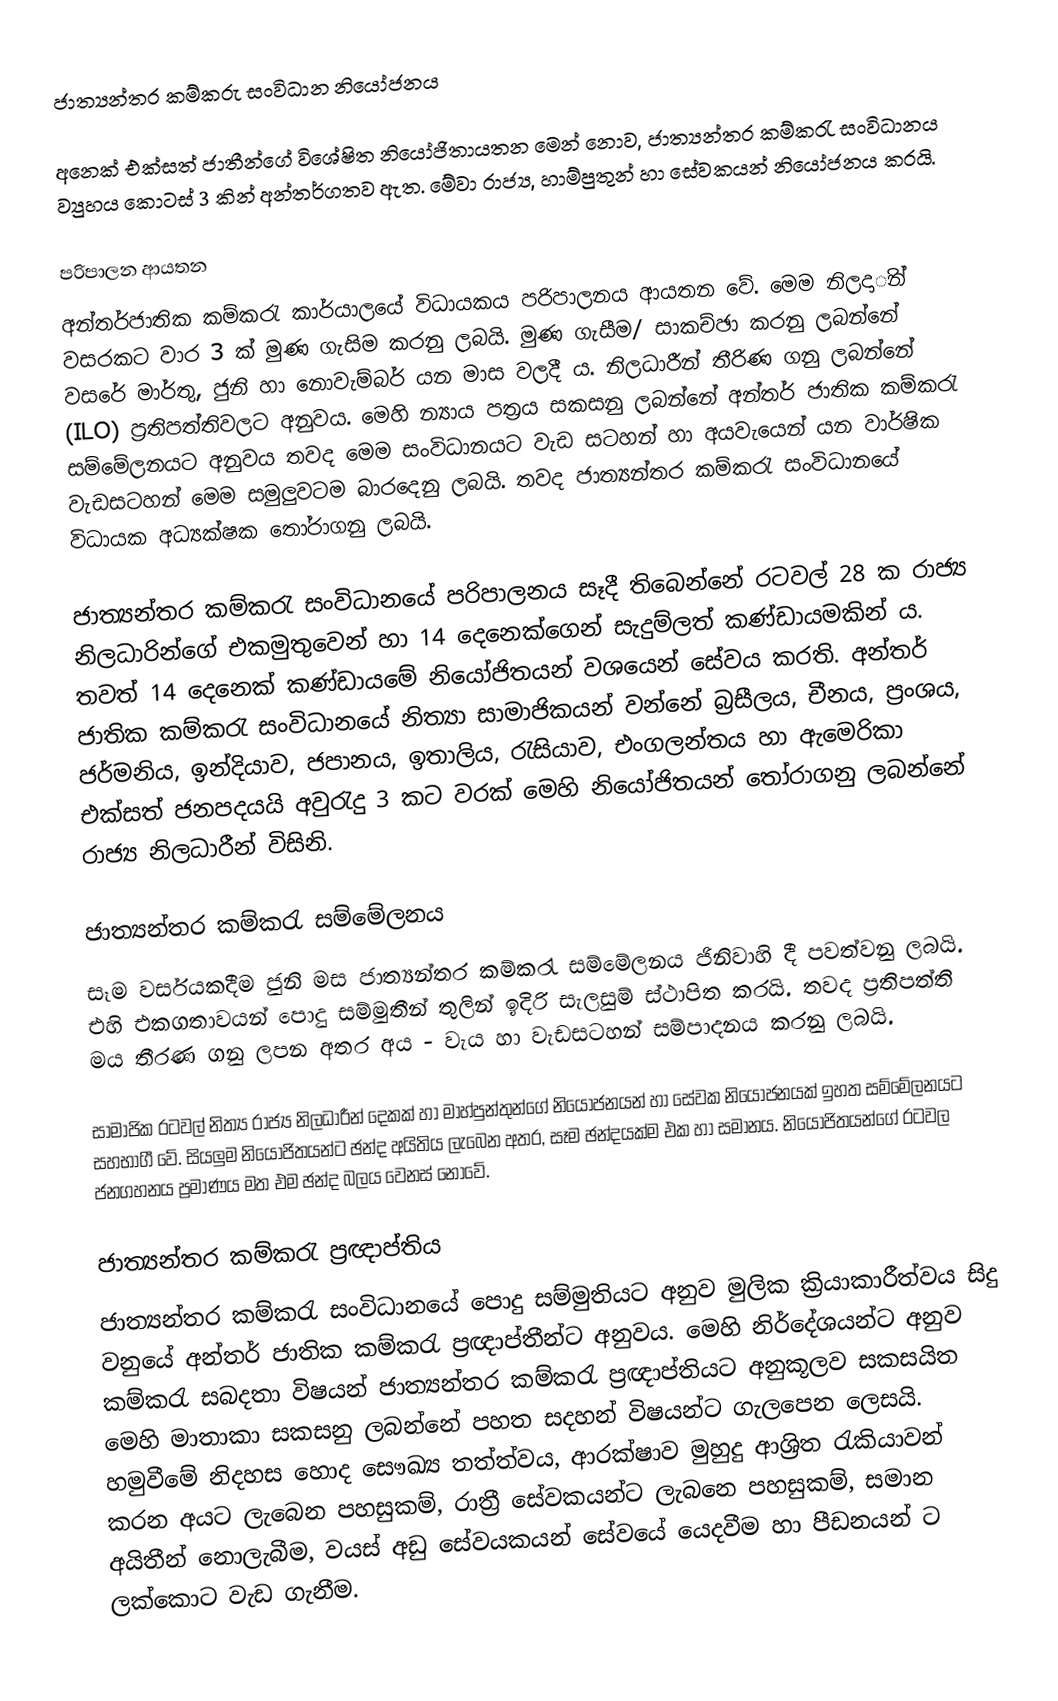
ජාත්‍යන්තර කම්කරු සංවිධාන නියෝජනය

අනෙක් එක්සත් ජාතීන්ගේ විශේෂිත නියෝජිතායතන මෙන් නොව, ජාත්‍යන්තර කම්කරැ සංවිධානය ව්‍යුහය කොටස් 3 කින් අන්තර්ගතව ඇත. මේවා රාජ්‍ය, හාම්පුතුන් හා සේවකයන් නියෝජනය කරයි.

පරිපාලන ආයතන
අන්තර්ජාතික කම්කරැ කාර්යාලයේ විධායකය පරිපාලනය ආයතන වේ. මෙම නිලදාින් වසරකට වාර 3 ක් මුණ ගැසිම කරනු ලබයි. මුණ ගැසීම/ සාකච්ඡා කරනු ලබන්නේ වසරේ මාර්තු, ජුනි හා නොවැම්බර් යන මාස වලදී ය. නිලධාරීන් තීරිණ ගනු ලබන්නේ (ILO) ප්‍රතිපත්තිවලට අනුවය. මෙහි න්‍යාය පත්‍රය සකසනු ලබන්නේ අන්තර් ජාතික කම්කරැ සම්මේලනයට අනුවය තවද මෙම සංවිධානයට වැඩ සටහන් හා අයවැයෙන් යන වාර්ෂික වැඩසටහන්  මෙම සමුලුවටම බාරදෙනු ලබයි. තවද ජාත්‍යන්තර කම්කරැ සංවිධානයේ විධායක අධ්‍යක්ෂක තෝරාගනු ලබයි.

ජාත්‍යන්තර කම්කරැ සංවිධානයේ පරිපාලනය සෑදී තිබෙන්නේ රටවල් 28 ක රාජ්‍ය නිලධාරින්ගේ එකමුතුවෙන් හා 14 දෙනෙක්ගෙන් සැදුම්ලත් කණ්ඩායමකින් ය. තවත් 14 දෙනෙක් කණ්ඩායමේ නියෝජිතයන් වශයෙන් සේවය කරති. අන්තර් ජාතික කම්කරැ සංවිධානයේ නිත්‍යා සාමාජිකයන් වන්නේ බ්‍රසීලය, චීනය, ප්‍රංශය, ජර්මනිය, ඉන්දියාව, ජපානය, ඉතාලිය, රැසියාව, එංගලන්තය හා ඇමෙරිකා එක්සත් ජනපදයයි අවුරැදු 3 කට වරක් මෙහි නියෝජිතයන් තෝරාගනු ලබන්නේ රාජ්‍ය නිලධාරීන් විසිනි.

ජාත්‍යන්තර කම්කරැ සම්මේලනය
සෑම වර්සයකදීම ජුනි මස ජාත්‍යන්තර කම්කරැ සම්මේලනය ජිනිවාහි දී පවත්වනු ලබයි. එහි එකගතාවයන්  පොදු සම්මුතීන් තුලින් ඉදිරි සැලසුම් ස්ථාපිත කරයි. තවද ප්‍රතිපත්ති  මය තීරණ ගනු ලපන අතර අය - වැය හා වැඩසටහන් සම්පාදනය කරනු ලබයි.

සාමාජික රටවල් නිත්‍ය රාජ්‍ය නිලධාරීන් දෙකක් හා මාහ්පුන්තුන්ගේ නියෝජනයන් හා සේවක නියෝජනයක් ඉහත සම්මේලනයට සහභාගී වේ. සියලුම නියෝජිතයන්ට ඡන්ද අයිතිය ලැබෙන අතර, සෑම ඡන්දයක්ම එක හා සමානය. නියෝජිතයන්ගේ රටවල ජනගහනය ප්‍රමාණ‍ය මත එම ඡන්ද බලය වෙනස් නොවේ.

ජාත්‍යන්තර කම්කරැ ප්‍රඥාප්තිය
ජාත්‍යන්තර කම්කරැ සංවිධානයේ පොදු සම්මුතියට අනුව මුලික ක්‍රියාකාරීත්වය සිදු වනුයේ අන්තර් ජාතික කම්කරැ ප්‍රඥාප්තීන්ට අනුවය. මෙහි නිර්දේශයන්ට අනුව කම්කරැ සබදතා විෂයන් ජාත්‍යන්තර කම්කරැ ප්‍රඥාප්තියට අනුකූලව සකසයිත මෙහි මාතාකා සකසනු ලබන්නේ පහත සදහන් විෂයන්ට ගැලපෙන ලෙසයි. හමුවීමේ නිදහස හොද සෞඛ්‍ය තත්ත්වය, ආරක්ෂාව මුහුදු ආශ්‍රිත රැකියාවන් කරන අයට ලැබෙන පහසුකම්, රාත්‍රී සේවකයන්ට ලැබනෙ පහසුකම්, සමාන අයිතීන් නොලැබීම, වයස් අඩු සේවයකයන් සේවයේ යෙදවීම හා පීඩනයන් ට ලක්කොට වැඩ ගැනීම.